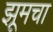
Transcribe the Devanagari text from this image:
झूमचा